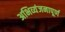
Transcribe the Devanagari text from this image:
अभिव्यंजनापूर्ण